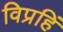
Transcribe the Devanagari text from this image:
विप्रहिं